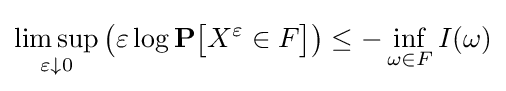
\limsup _{\varepsilon \downarrow 0}{\big (}\varepsilon \log \mathbf {P} {\big [}X^{\varepsilon }\in F{\big ]}{\big )}\leq -\inf _{\omega \in F}I(\omega )